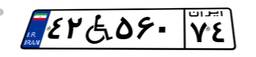
۸۸W۷۷۸۷۱